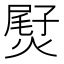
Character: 𤌨